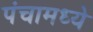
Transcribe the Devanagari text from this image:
पंचामध्ये